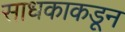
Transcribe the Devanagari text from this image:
साधकाकडून